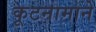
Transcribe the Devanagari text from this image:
कूटनामाने